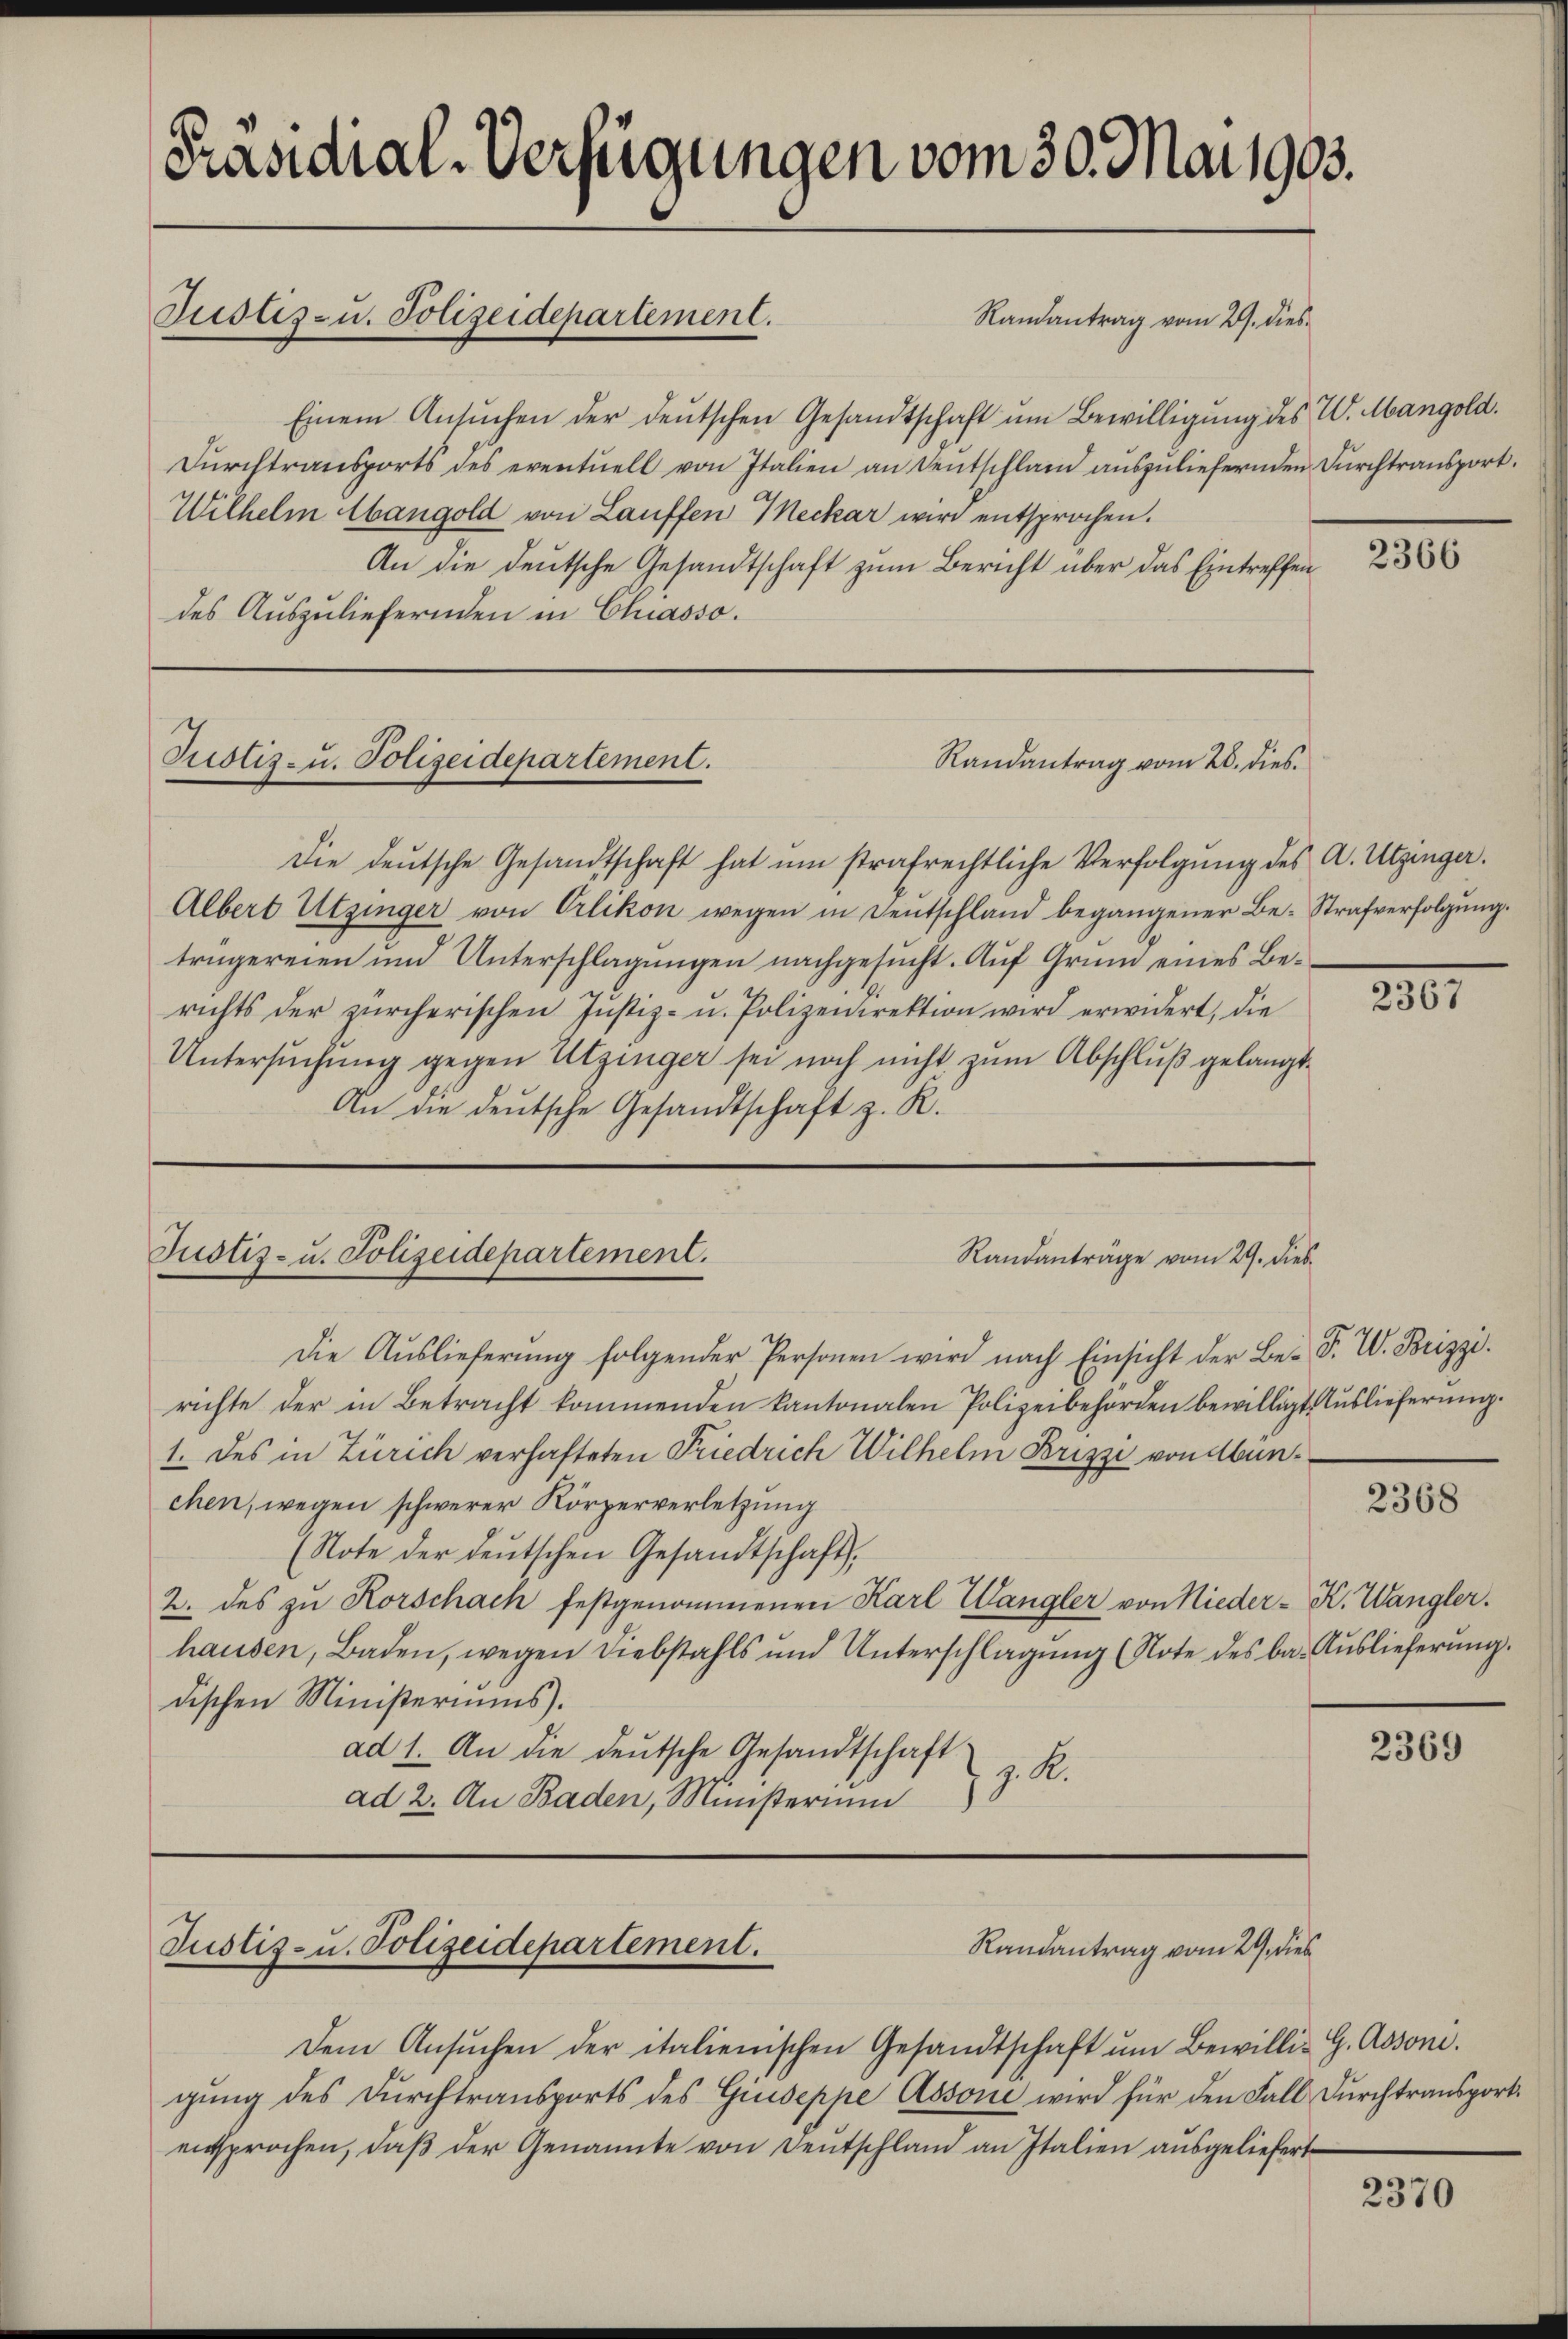
Präsidial-Verfügungen vom 30. Mai 1903.

Justiz- u. Polizeidepartement.

Randantrag vom 2. dies
Einem Ansŭchen der deŭtschen Gesandtschaft ŭm Bewilligung des W. Mangold.
Dŭrchtransports des eventuell von Italien an Sentschlag auszuliefernden Durchtransport.
Wilhelm bangold von Lauffen Meckar wird entsprochen.
An die deutsche Gesandtschaft zum Bericht über das Eintreffen
des Auszuliefernden in Chasso.

2366

Randantrag vom 28. dies
Justiz- u. Polizeidepartement.

Die deŭtsche Gesandtschaft hat ŭm strafrechtliche Verfolgŭng des A. Utzinger.
Albert Utzinger von Orlikon wegen in Deutschland begangener Be- Strafverfolgung.
trügereien und Unterschlagungen nachgesucht. Auf Grund eines Berichts der zürcherischen Justiz- u. Polizeidirektion wird erwidert, die
Untersuchung gegen Utzinger sei noch nicht zum Abschluß gelangt
An die deutsche Gesandtschaft z. R.

2807

Justiz- u. Polizeidepartement.
Randanträge vom 29. dies

Die Aŭslieferŭng folgender Personen wird nach Einsicht der Be- F. W. Brizzi.
richte der in Betracht kommenden kantonalen Polizeibehörden bewilligt. Auslieferung.
1. des in Zürich verhafteten Friedrich Wilhelmi Brizzi von Munchen, wegen schwerer Körperverletzung
(Note der deŭtschen Gesandtschaft,
2. des zu Korschach festgenommenen Karl Zangler von Nieder- K. Wangler.
hausen, Baden, wegen Diebstahls und Unterschlagung (Note des ba- Auslieferung.
dischen Ministeriums.
ad 1. An die deŭtsche Gesandtschaft
z. R.
ad 2. An Baden, Ministerium

2368

2369

Justiz- u. Polizeidepartement.
Randantrag vom 29. dies

Dem Ansŭchen der italienischen Gesandtschaft ŭm Bewilli-G. Assoni.
gung des Durchtransports des Giuseppe Assone wird für den Fall Durchtransport.
entsprochen, daβ der Genannte von Deutschland an Italien ausgeliefert

2370